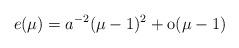
LaTeX: \begin{align*} e(\mu) = a^{-2} (\mu -1)^2 + \hbox{o} (\mu-1)\end{align*}